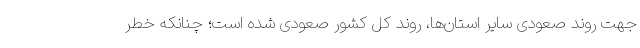
جهت روند صعودی سایر استان‌ها، روند کل کشور صعودی شده است؛ چنانکه خطر